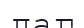
даг